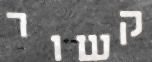
קשור